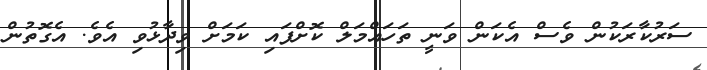
ސަރުކާރަކުން ވެސް އެކަން ވަނީ ތަހައްމަލް ކޮށްފައި ކަމަށް ވިދާޅުވި އެވެ. އެގޮތުން